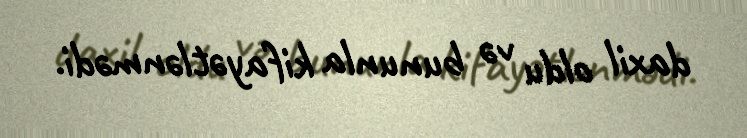
daxil oldu və bununla kifayətlənmədi.